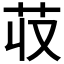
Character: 𮎢